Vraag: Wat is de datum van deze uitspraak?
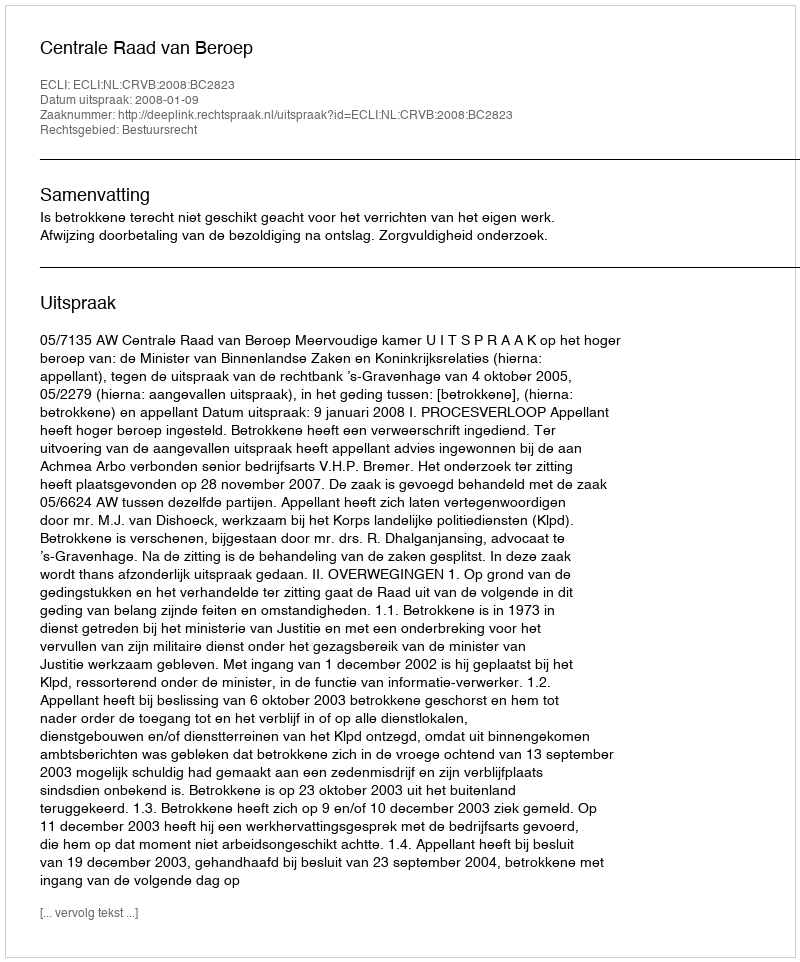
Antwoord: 2008-01-09